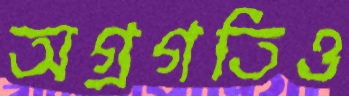
অগ্রগতিও